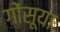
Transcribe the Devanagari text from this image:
गोंसूया